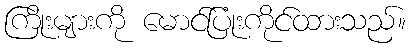
ကြိုးများကို မောင်ပြုံးကိုင်ထားသည်။